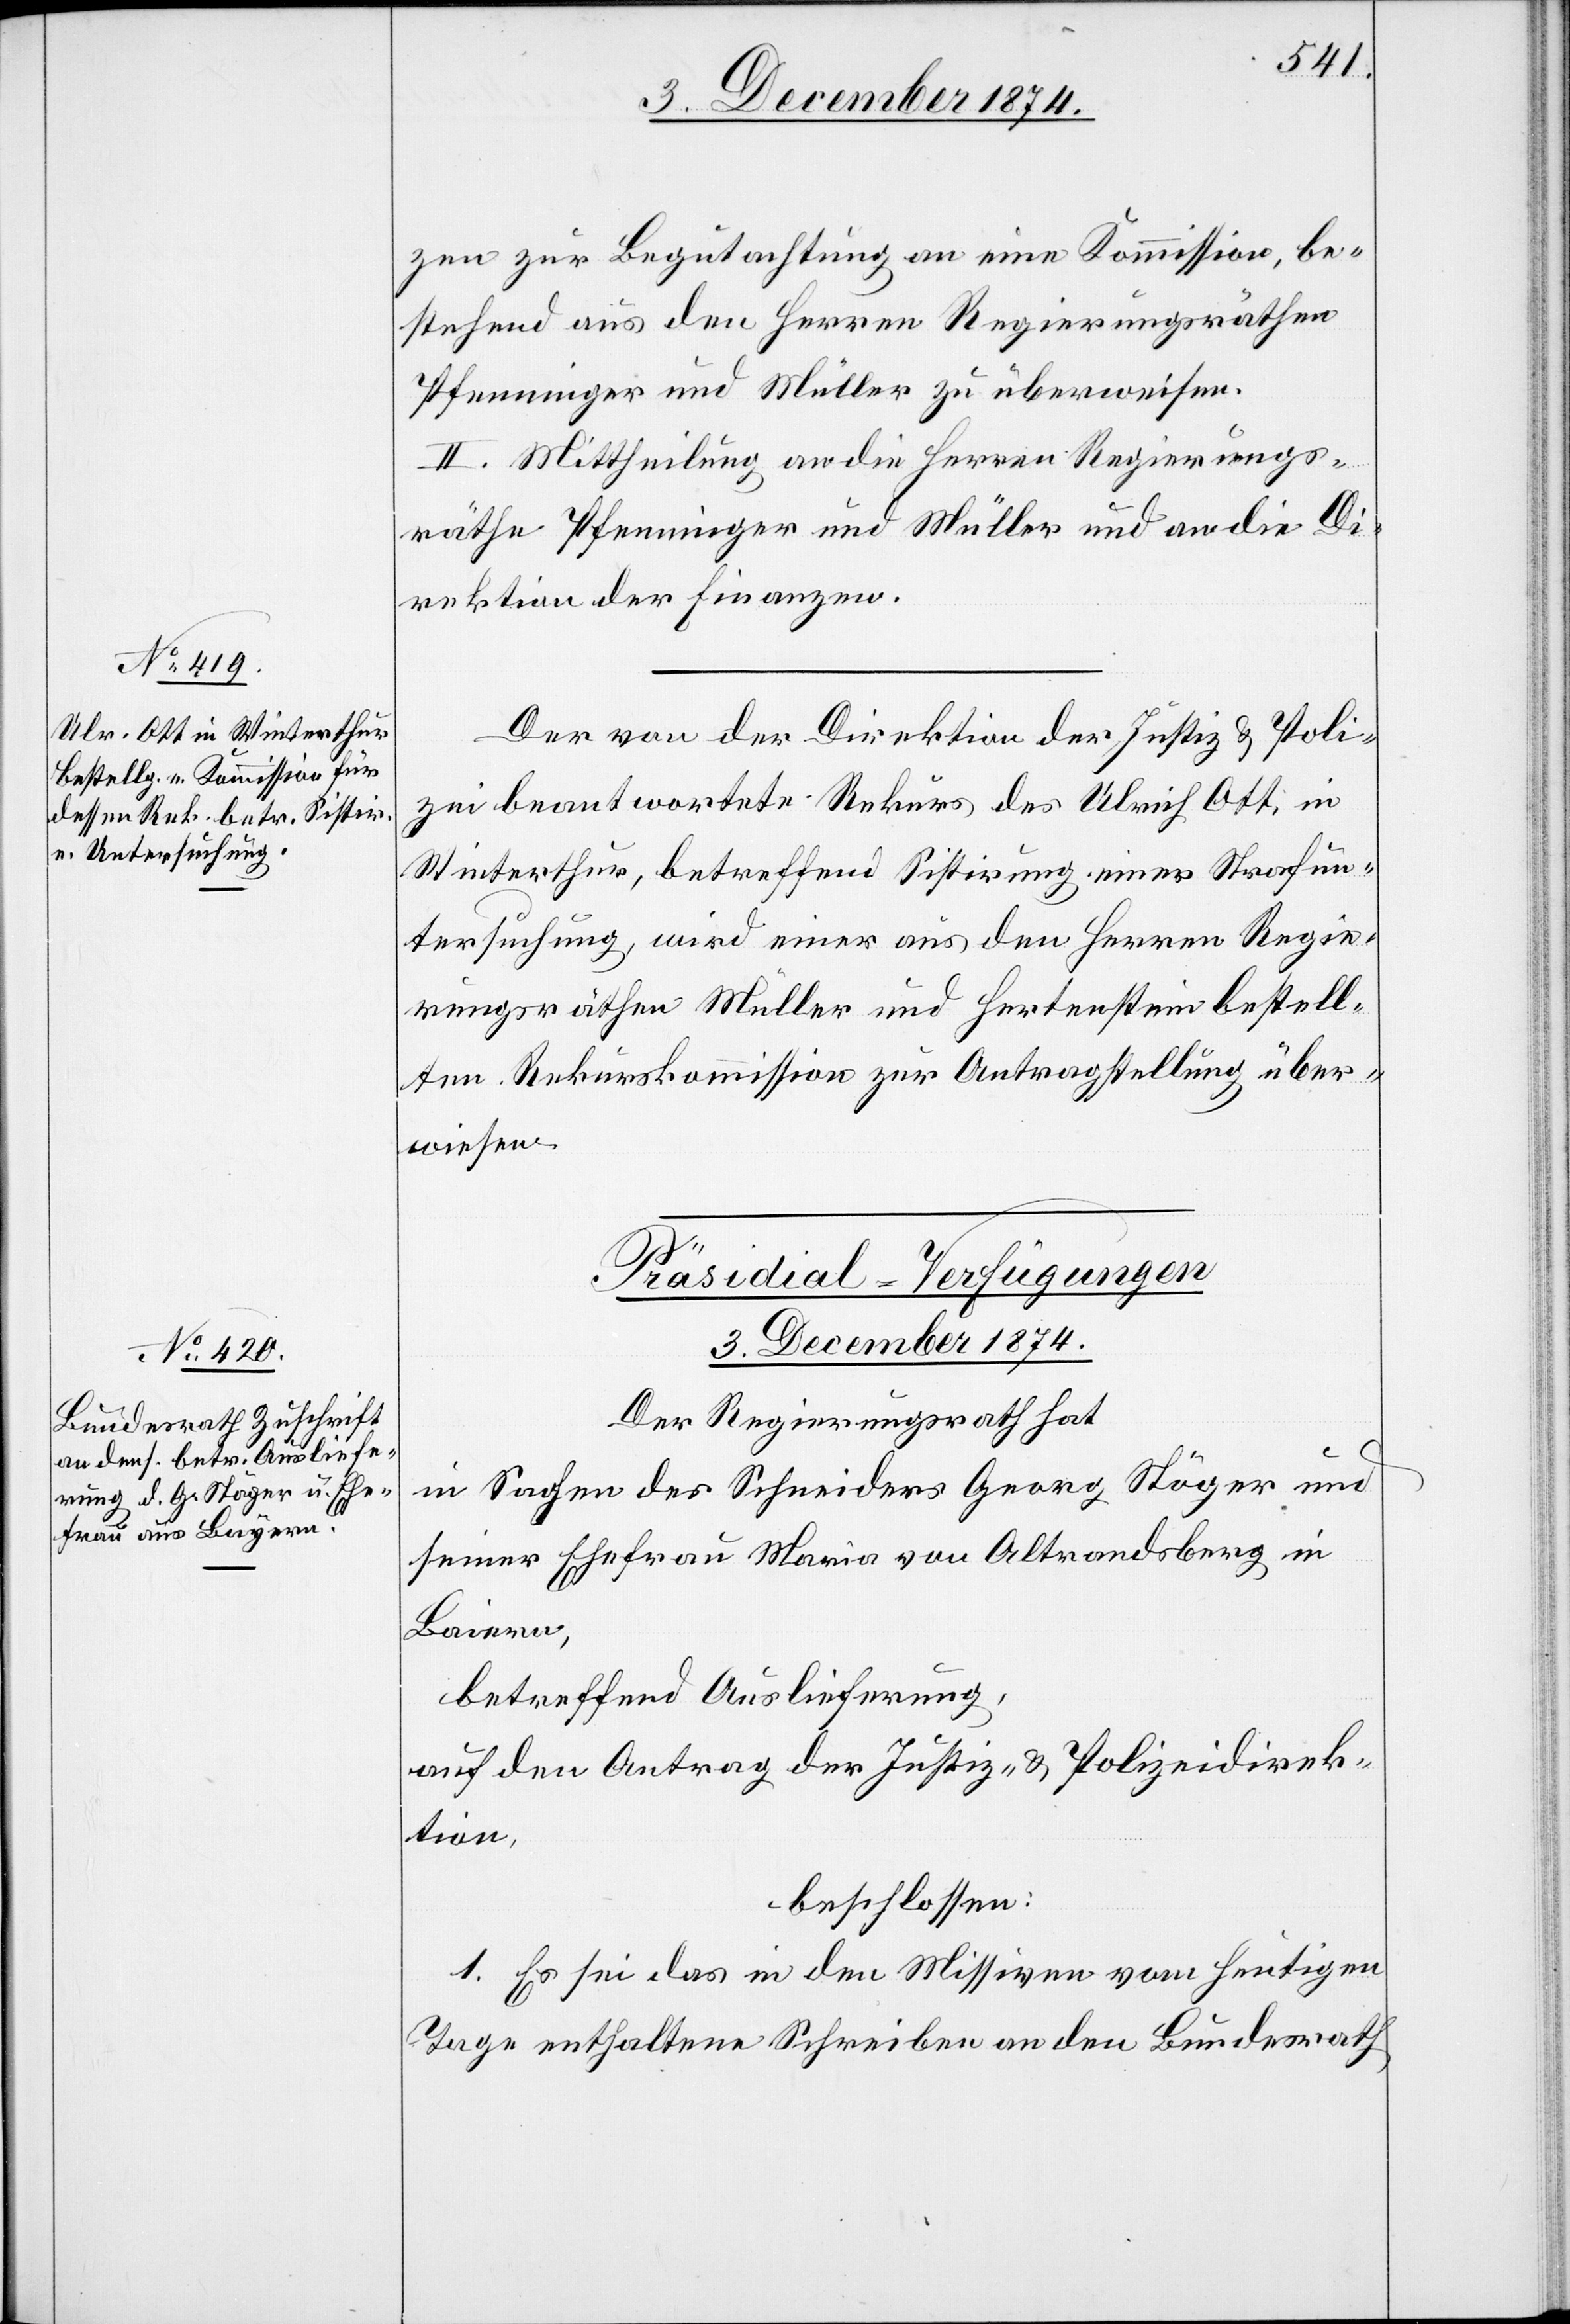
zen zur Begutachtung an eine Kommission, be¬
stehend aus den Herren Regierungsräthen
Pfenninger und Müller zu überweisen.
II. Mittheilung an die Herren Regierungs¬
räthe Pfenninger und Müller und an die Di¬
rektion der Finanzen.
Der von der Direktion der Justiz & Poli¬
zei beantwortete Rekurs des Ulrich Ott, in
Winterthur, betreffend Sistirung einer Strafun¬
tersuchung, wird einer aus den Herren Regie¬
rungsräthen Müller und Hertenstein bestell¬
ten Rekurskommission zur Antragstellung über¬
wiesen.
Präsidial-Verfügungen
3. December 1874.
Der Regierungsrath hat
in Sachen des Schneiders Georg Stöger und
seiner Ehefrau Maria von Altrandsberg in
Baiern,
betreffend Auslieferung,
auf den Antrag der Justiz- & Polizeidirek¬
tion,
beschlossen:
1. Es sei das in den Missiven vom heutigen
Tage enthaltene Schreiben an den Bundesrath